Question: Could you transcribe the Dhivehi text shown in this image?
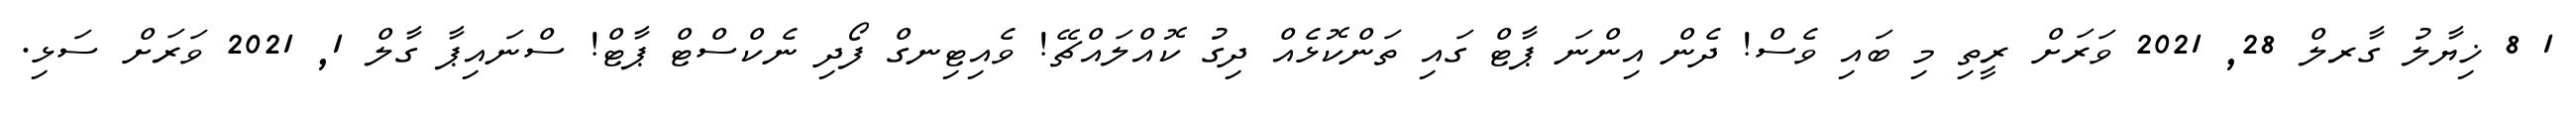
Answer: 1 8 ޚިޔާލު ގާރލް 28, 2021 ވަރަށް ރީތި މި ބައި ވެސް! ދެން އިންނަ ޕާޓް ގައި ތަންކޮޅެއް ދިގު ކޮއްލައްޗޭ! ވެއިޓިނގް ފޯދި ނެކްސްޓް ޕާޓް! ސްނައިޕާ ގާލް 1, 2021 ވަރަށް ސަޅި.